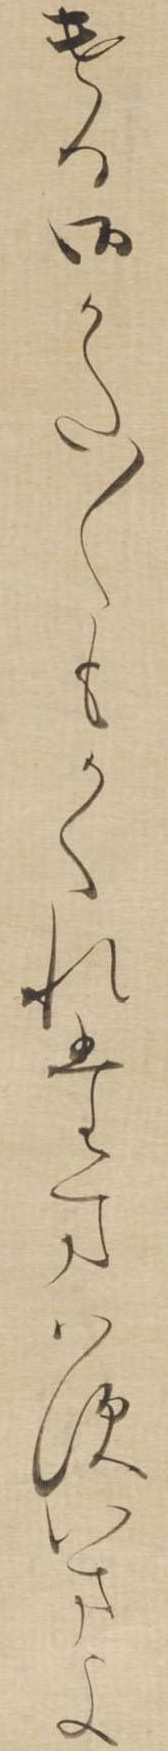
ける御かた〱もかくれたまはすいまよ